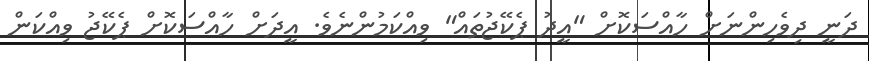
ދަނީ ދިވެހިންނަށް ހާއްސަކޮށް "އީދު ޕެކޭޖުތައް" ވިއްކަމުންނެވެ. އީދަށް ހާއްސަކޮށް ޕެކޭޖު ވިއްކަން